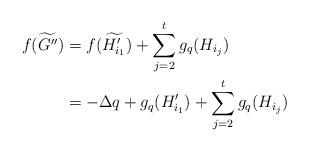
LaTeX: \begin{align*} f(\widetilde{G''}) &= f(\widetilde{H'_{i_1}}) + \sum_{j=2}^t g_q(H_{i_j}) \\ &= -\Delta q + g_q(H'_{i_1}) + \sum_{j=2}^t g_q(H_{i_j}) \end{align*}